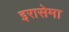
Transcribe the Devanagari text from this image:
इरासेमा